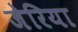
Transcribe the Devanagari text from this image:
जेरिया